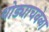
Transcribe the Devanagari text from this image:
थोड्याचवेळा